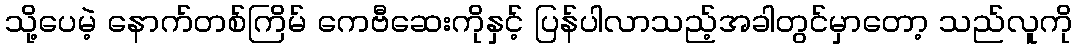
သို့ပေမဲ့ နောက်တစ်ကြိမ် ကေဗီဆေးကိုနှင့် ပြန်ပါလာသည့်အခါတွင်မှာတော့ သည်လူကို